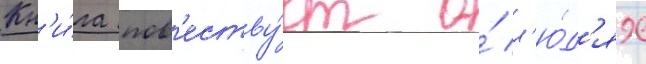
Кн'и́га пов'еству́ет о́ л'ю́д'ях